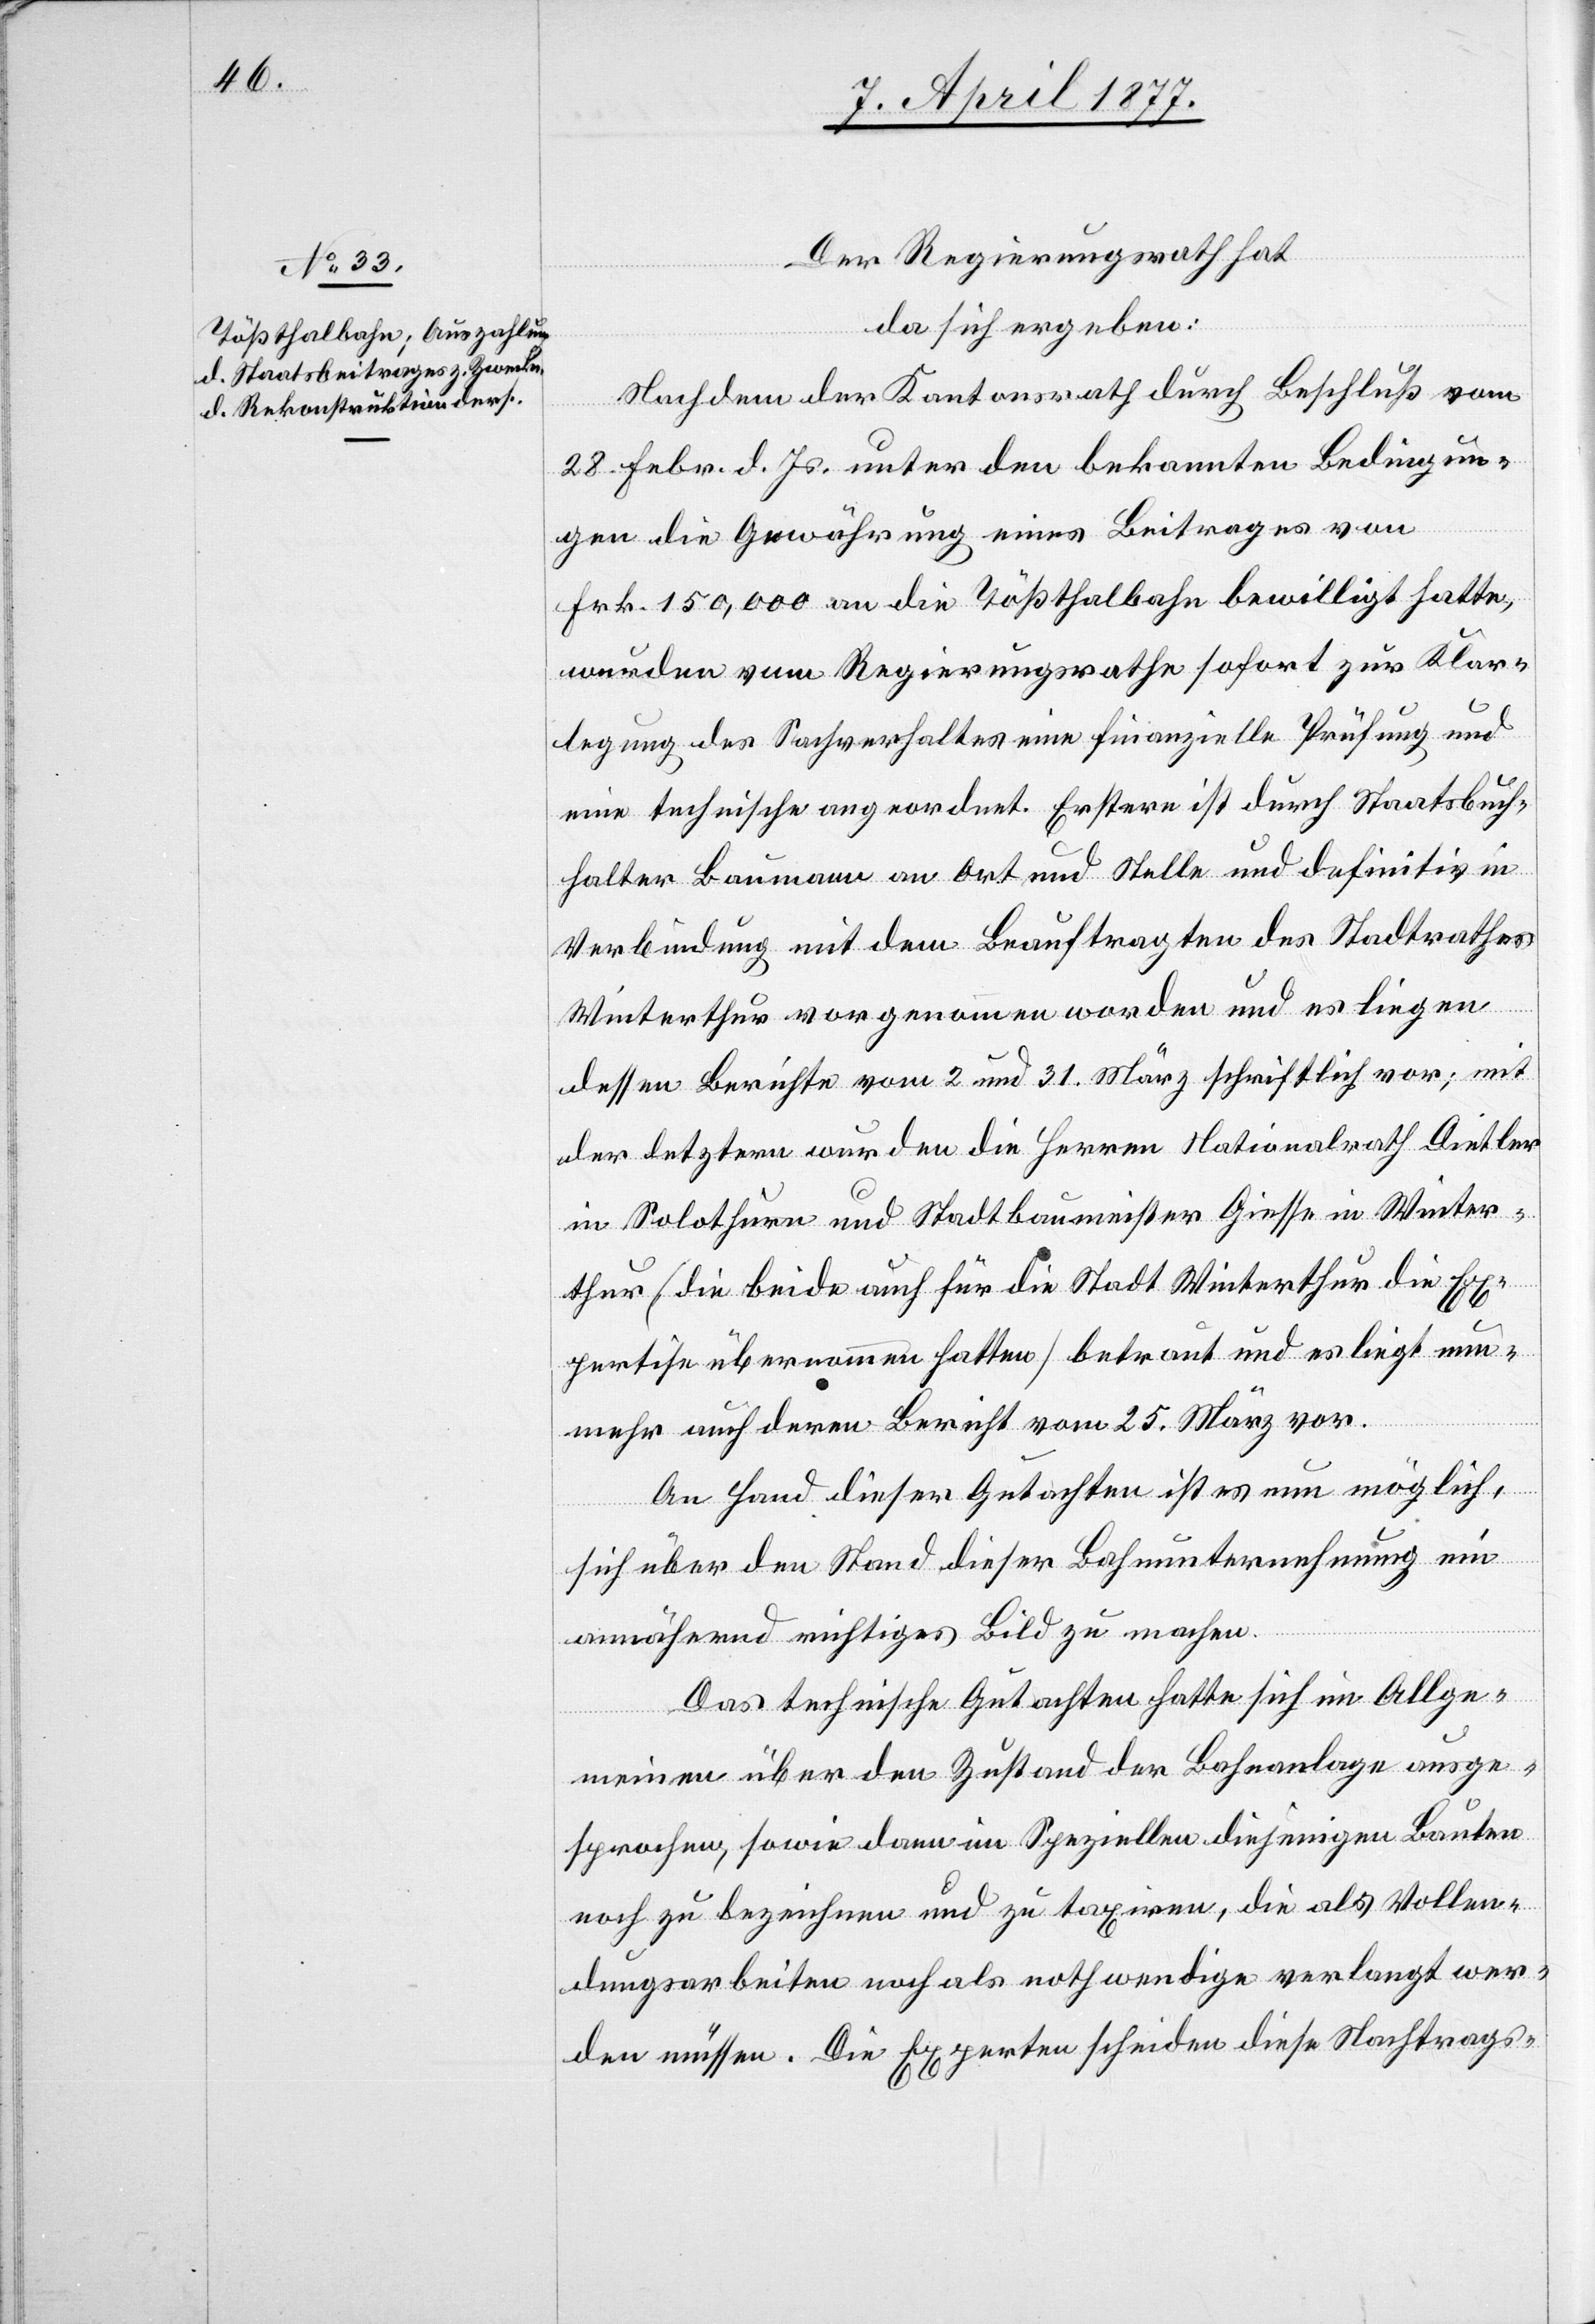
Der Regierungsrath hat
da sich ergeben:
Nachdem der Kantonsrath durch Beschluß vom
28. Febr. d. Js. unter den bekannten Bedingun¬
gen die Gewährung eines Beitrages von
Frk. 150,000 an die Tößthalbahn bewilligt hatte,
wurden vom Regierungsrathe sofort zur Klar¬
legung des Sachverhaltes eine finanzielle Prüfung und
eine technische angeordnet. Erstere ist durch Staatsbuch¬
halter Baumann an Ort und Stelle und definitiv in
Verbindung mit dem Beauftragten des Stadtrathes
Winterthur vorgenommen worden und es liegen
dessen Berichte vom 2. und 31. März schriftlich vor; mit
der letztern wurden die Herren Nationalrath Dietler
in Solothurn und Stadtbaumeister Giesse in Winter¬
thur [die beide auch für die Stadt Winterthur die Ex¬
pertise übernommen hatten] betraut und es liegt nun¬
mehr auch deren Bericht vom 25. März vor.
An Hand dieser Gutachten ist es nun möglich,
sich über den Stand dieser Bahnunternehmung ein
annähernd richtiges Bild zu machen.
Das technische Gutachten hatte sich im Allge¬
meinen über den Zustand der Bahnanlage ausge¬
sprochen, sowie dann im Speziellen diejenigen Bauten
noch zu bezeichnen und zu taxiren, die als Vollen¬
dungsarbeiten noch als nothwendige verlangt wer¬
den müssen. Die Experten scheiden diese Nachtrags-